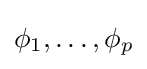
\phi _{1},\ldots ,\phi _{p}